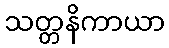
သတ္တနိကာယာ